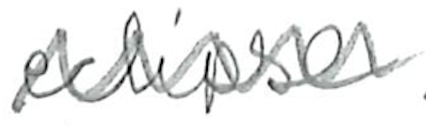
Text: eclipse
Cross-out: zig-zag
Writing tool: pencil